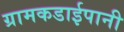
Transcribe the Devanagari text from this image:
ग्रामकडाईपानी